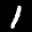
Label: 1